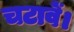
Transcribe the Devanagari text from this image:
चटावें।